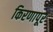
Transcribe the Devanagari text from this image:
किरणापूर